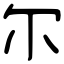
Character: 尔